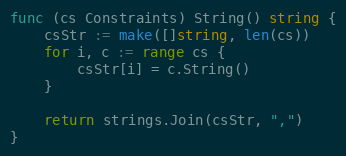
Language: Go
func (cs Constraints) String() string {
	csStr := make([]string, len(cs))
	for i, c := range cs {
		csStr[i] = c.String()
	}

	return strings.Join(csStr, ",")
}